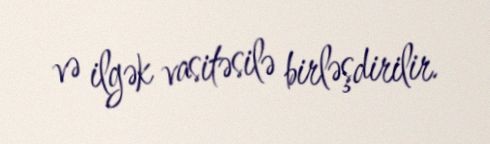
və ilgək vasitəsilə birləşdirilir.